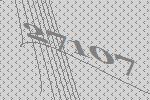
27107